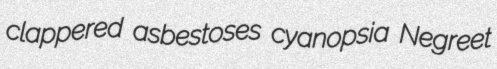
clappered asbestoses cyanopsia Negreet